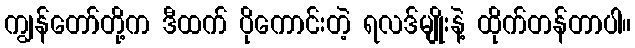
ကျွန်တော်တို့က ဒီထက် ပိုကောင်းတဲ့ ရလဒ်မျိုးနဲ့ ထိုက်တန်တာပါ။